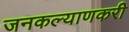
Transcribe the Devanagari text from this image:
जनकल्याणकरी